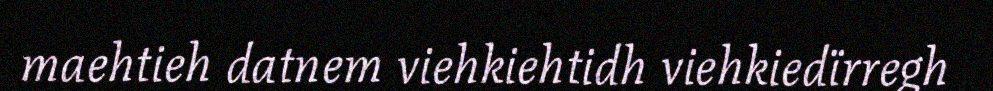
maehtieh datnem viehkiehtidh viehkiedïrregh